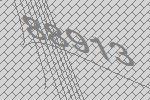
88913